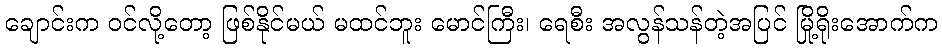
ချောင်းက ဝင်လို့တော့ ဖြစ်နိုင်မယ် မထင်ဘူး မောင်ကြီး၊ ရေစီး အလွန်သန်တဲ့အပြင် မြို့ရိုးအောက်က